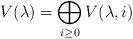
LaTeX: \begin{align*}V(\lambda) = \bigoplus_{i \geq 0} V(\lambda, i)\\ \end{align*}